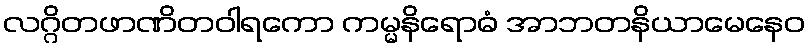
လဂ္ဂိတဖာဏိတဝါရကော ကမ္မနိရောဓံ အာဘတနိယာမေနေဝ